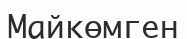
Майкөмген